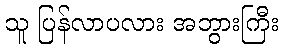
သူ ပြန်လာပလား အဘွားကြီး